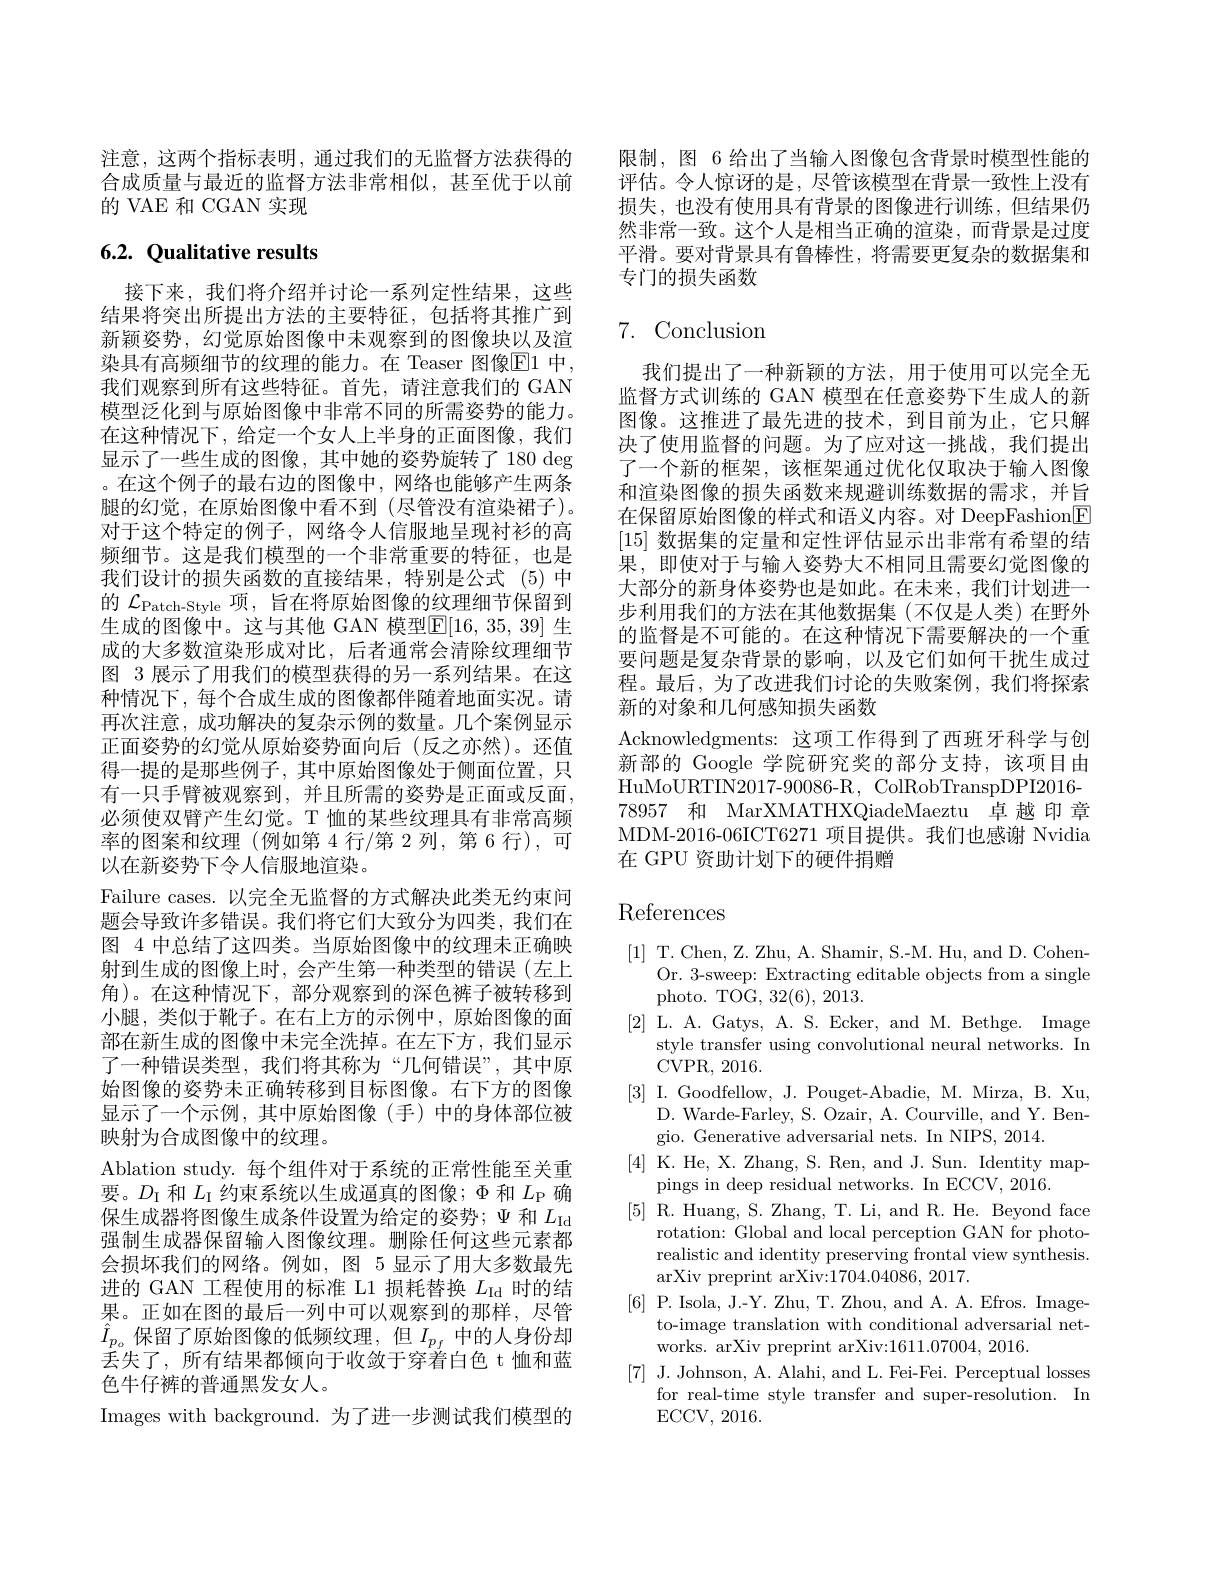
注意，这两个指标表明，通过我们的无监督方法获得的合成质量与最近的监督方法非常相似，甚至优于以前的 VAE 和 CGAN 实现

## 6.2. Qualitative results

接下来，我们将介绍并讨论一系列定性结果，这些结果将突出所提出方法的主要特征，包括将其推广到新颖姿势，幻觉原始图像中未观察到的图像块以及渲染具有高频细节的纹理的能力。在 Teaser 图像$\overline{\mathrm{E}}$1 中， 我们观察到所有这些特征。首先，请注意我们的 GAN 模型泛化到与原始图像中非常不同的所需姿势的能力。在这种情况下，给定一个女人上半身的正面图像，我们显示了一些生成的图像，其中她的姿势旋转了180 deg 。在这个例子的最右边的图像中，网络也能够产生两条腿的幻觉，在原始图像中看不到(尽管没有渲染裙子)。对于这个特定的例子，网络令人信服地呈现衬衫的高频细节。这是我们模型的一个非常重要的特征，也是我们设计的损失函数的直接结果，特别是公式(5)中的 $\mathcal{L}_{\mathrm{Patch-Style}}$项，旨在将原始图像的纹理细节保留到生成的图像中。这与其他 GAN 模型$\mathbb{E}[16,35,39]$ 生成的大多数渲染形成对比，后者通常会清除纹理细节图 3 展示了用我们的模型获得的另一系列结果。在这种情况下，每个合成生成的图像都伴随着地面实况。请再次注意，成功解决的复杂示例的数量。几个案例显示正面姿势的幻觉从原始姿势面向后(反之亦然)。还值得一提的是那些例子，其中原始图像处于侧面位置，只有一只手臂被观察到，并且所需的姿势是正面或反面， 必须使双臂产生幻觉。T 恤的某些纹理具有非常高频率的图案和纹理(例如第 4 行/第 2 列，第 6 行),可以在新姿势下令人信服地渲染。
Failure cases.以完全无监督的方式解决此类无约束问题会导致许多错误。我们将它们大致分为四类，我们在图 4 中总结了这四类。当原始图像中的纹理未正确映射到生成的图像上时，会产生第一种类型的错误(左上角)。在这种情况下，部分观察到的深色裤子被转移到小腿，类似于靴子。在右上方的示例中，原始图像的面部在新生成的图像中未完全洗掉。在左下方，我们显示了一种错误类型，我们将其称为“几何错误”,其中原始图像的姿势未正确转移到目标图像。右下方的图像显示了一个示例，其中原始图像(手)中的身体部位被映射为合成图像中的纹理。
Ablation study.每个组件对于系统的正常性能至关重要。$D_{\mathrm{I}}$和$L_{\mathrm{I}}$约束系统以生成逼真的图像；$\Phi$和$L_{\mathrm{P}}$确保生成器将图像生成条件设置为给定的姿势；$\Psi$和$L_\mathrm{Id}$ 强制生成器保留输入图像纹理。删除任何这些元素都会损坏我们的网络。例如，图 5 显示了用大多数最先进的 GAN 工程使用的标准 L1 损耗替换$L_\mathrm{Id}$时的结果。正如在图的最后一列中可以观察到的那样，尽管$\hat{I}_{p_o}$保留了原始图像的低频纹理，但$I_{p_f}$中的人身份却丢失了，所有结果都倾向于收敛于穿着白色 t 恤和蓝色牛仔裤的普通黑发女人。
Images with background. 为了进一步测试我们模型的

限制，图 6 给出了当输入图像包含背景时模型性能的评估。令人惊讶的是，尽管该模型在背景一致性上没有损失，也没有使用具有背景的图像进行训练，但结果仍然非常一致。这个人是相当正确的渲染，而背景是过度平滑。要对背景具有鲁棒性，将需要更复杂的数据集和专门的损失函数

## $7.{\mathrm{Conclusion}}$

我们提出了一种新颖的方法，用于使用可以完全无监督方式训练的 GAN 模型在任意姿势下生成人的新图像。这推进了最先进的技术，到目前为止，它只解决了使用监督的问题。为了应对这一挑战，我们提出了一个新的框架，该框架通过优化仅取决于输人图像和渲染图像的损失函数来规避训练数据的需求，并旨在保留原始图像的样式和语义内容。对 DeepFashion$\boxed{\mathrm{F}}$ [15]数据集的定量和定性评估显示出非常有希望的结果，即使对于与输入姿势大不相同且需要幻觉图像的大部分的新身体姿势也是如此。在未来，我们计划进一步利用我们的方法在其他数据集(不仅是人类)在野外的监督是不可能的。在这种情况下需要解决的一个重要问题是复杂背景的影响，以及它们如何干扰生成过程。最后，为了改进我们讨论的失败案例，我们将探索新的对象和几何感知损失函数
Acknowledgments:这项工作得到了西班牙科学与创新部的 Google 学院研究奖的部分支持，该项目由HuMoURTIN2017-90086-R, ColRobTranspDPI2016- 78957 和 MarXMATHXQiadeMaeztu 卓越印章MDM-2016-06ICT6271 项目提供。我们也感谢 Nvidia 在 GPU 资助计划下的硬件捐赠

# References

[1] T. Chen, Z. Zhu, A. Shamir, S.-M. Hu, and D. Cohen-
Or. 3-sweep: Extracting editable objects from a single
photo. TOG, 32(6), 2013.
[2]L.A.Gatys, A. S. Ecker, and M. Bethge. Image
style transfer using convolutional neural networks. In
CVPR, 2016
[3] I. Goodfellow, J. Pouget-Abadie, M. Mirza, B. Xu,
D. Warde-Farley, S. Ozair, A. Courville, and Y. Ben-
gio. Generative adversarial nets. In NIPS, 2014.
[4] K. He, X. Zhang, S. Ren, and J. Sun. Identity map-
pings in deep residual networks. In ECCV, 2016.
[5] R. Huang, S. Zhang, T. Li, and R. He. Beyond face
rotation: Global and local perception GAN for photorealistic and identity preserving frontal view synthesis. arXiv preprint arXiv:1704.04086, 2017.
[6] P. Isola, J.-Y. Zhu, T. Zhou, and A. A. Efros. Image-
to-image translation with conditional adversarial net-
works. arXiv preprint arXiv:1611.07004, 2016.
[7] J. Johnson, A. Alahi, and L. Fei-Fei. Perceptual losses
for real-time style transfer and super-resolution. In
ECCV,  2016.